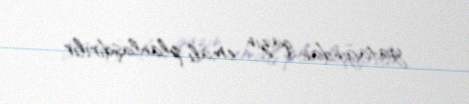
yatağından qazın emalı planlaşdırılır.